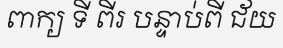
ពាក្យ ទី ពីរ បន្ទាប់ពី ជ័យ